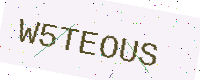
Text: W5TEOUS